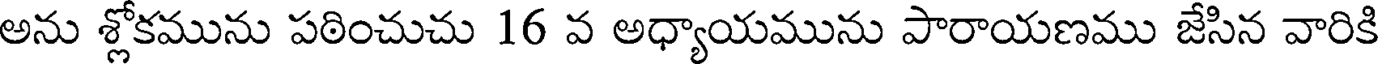
అను శ్లోకమును పఠించుచు 16 వ అధ్యాయమును పారాయణము జేసిన వారికి